Indian journal of veterinary science and animal husbandry - Volumes 26-27, 1956-1957
Year: 1956
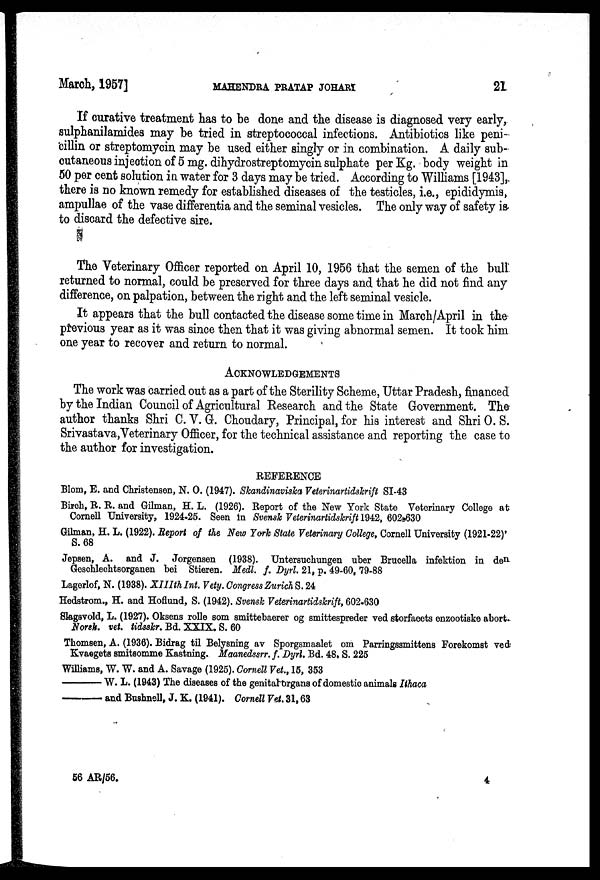
March, 1957]
MAHENDRA
PRATAP
JOHARI
21
If curative treatment has to be done and the disease is diagnosed very early,
sulphanilamides may be tried in streptococcal infections. Antibiotics like peni-
cillin or streptomycin may be used either singly or in combination. A daily sub-
cutaneous injection of 5 mg. dihydrostreptomycin sulphate per Kg. body weight in
50 per cent solution in water for 3 days may be tried. According to Williams [1943],
there is no known remedy for established diseases of the testicles, i.e., epididymis,
ampullae of the vase differentia and the seminal vesicles. The only way of safety is
to discard the defective sire.
The Veterinary Officer reported on April 10, 1956 that the semen of the bull
returned to normal, could be preserved for three days and that he did not find any
difference, on palpation, between the right and the left seminal vesicle.
It appears that the bull contacted the disease some time in March/April in the
previous year as it was since then that it was giving abnormal semen. It took him
one year to recover and return to normal.
ACKNOWLEDGEMENTS
The work was carried out as a part of the Sterility Scheme, Uttar Pradesh, financed
by the Indian Council of Agricultural Research and the State Government. The
author thanks Shri C. V. G. Choudary, Principal, for his interest and Shri O. S.
Srivastava,Veterinary Officer, for the technical assistance and reporting the case to
the author for investigation.
REFERENCE
Blom, E. and Christensen, N. O. (1947). Skandinaviska Veterinartidskrift SI-43
Birch, R. R. and Gilman, H. L. (1926). Report of the New York State Veterinary College at
Cornell University, 1924-25. Seen in Svensk Veterinartidskrift 1942, 602-630
Gilman, H. L. (1922). Report of the New York State Veterinary College, Cornell University (1921-22)'
S. 68
Jepsen, A. and J. Jorgensen (1938). Untersuchungen uber Brucella infektion in de n
Geschlechtsorganen bei Stieren. Medl. f. Dyrl. 21, p. 49-60, 79-88
Lagerlof, N. (1938). XIIIth Int. Vety. Congress Zurich S. 24
Hedstrom., H. and Hoflund, S. (1942). Svensk Veterinartidskrift, 602-630
Slagsvold, L. (1927). Oksens rolle som smittebaerer og smittespreder ved storfaeets enzootiske abort.
Norsk. vet. tidsskr. Bd. XXIX. S. 60
Thomsen, A. (1936). Bidrag til Belysning av Sporgsmaalet om Parringssmittens Forekomst ved
Kvaegets smitsomme Kastning. Maanedssrr. f. Dyrl. Bd. 48. S. 225
Williams, W. W. and A. Savage (1925). Cornell Vet., 15, 353
———— W. L. (1943) The diseases of the genital organs of domestic animals Ithaca
———— and Bushnell, J. K. (1941). Cornell Vet. 31, 63
56 AR/56.
4